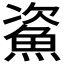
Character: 𩶲